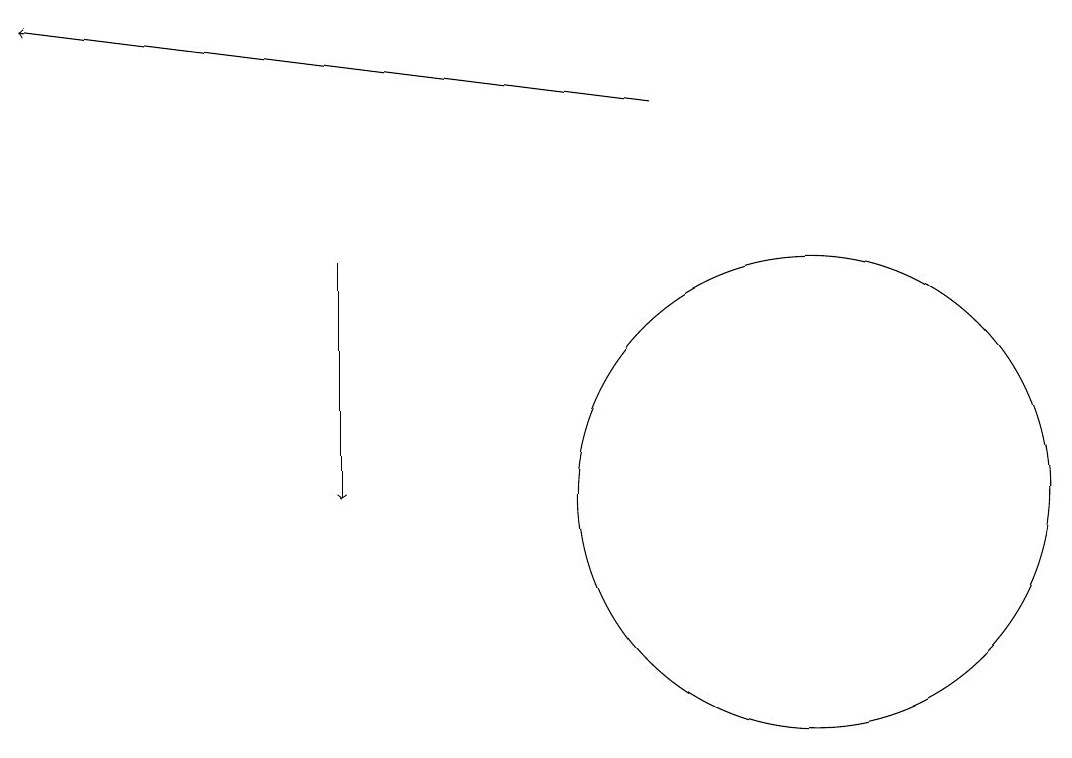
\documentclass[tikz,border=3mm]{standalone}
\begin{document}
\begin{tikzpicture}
\draw[->] (4,15) -- (4,12);
\draw (10,12) circle (3);
\draw[->] (8,17) -- (0,18);
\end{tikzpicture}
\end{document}